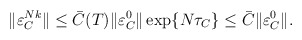
\begin{align*} \|\varepsilon_C^{Nk}\| &\leq \bar{C}(T)\|\varepsilon_{C}^{0}\|\exp\{N\tau_C\}\leq \bar{C}\|\varepsilon_{C}^{0}\|. \end{align*}